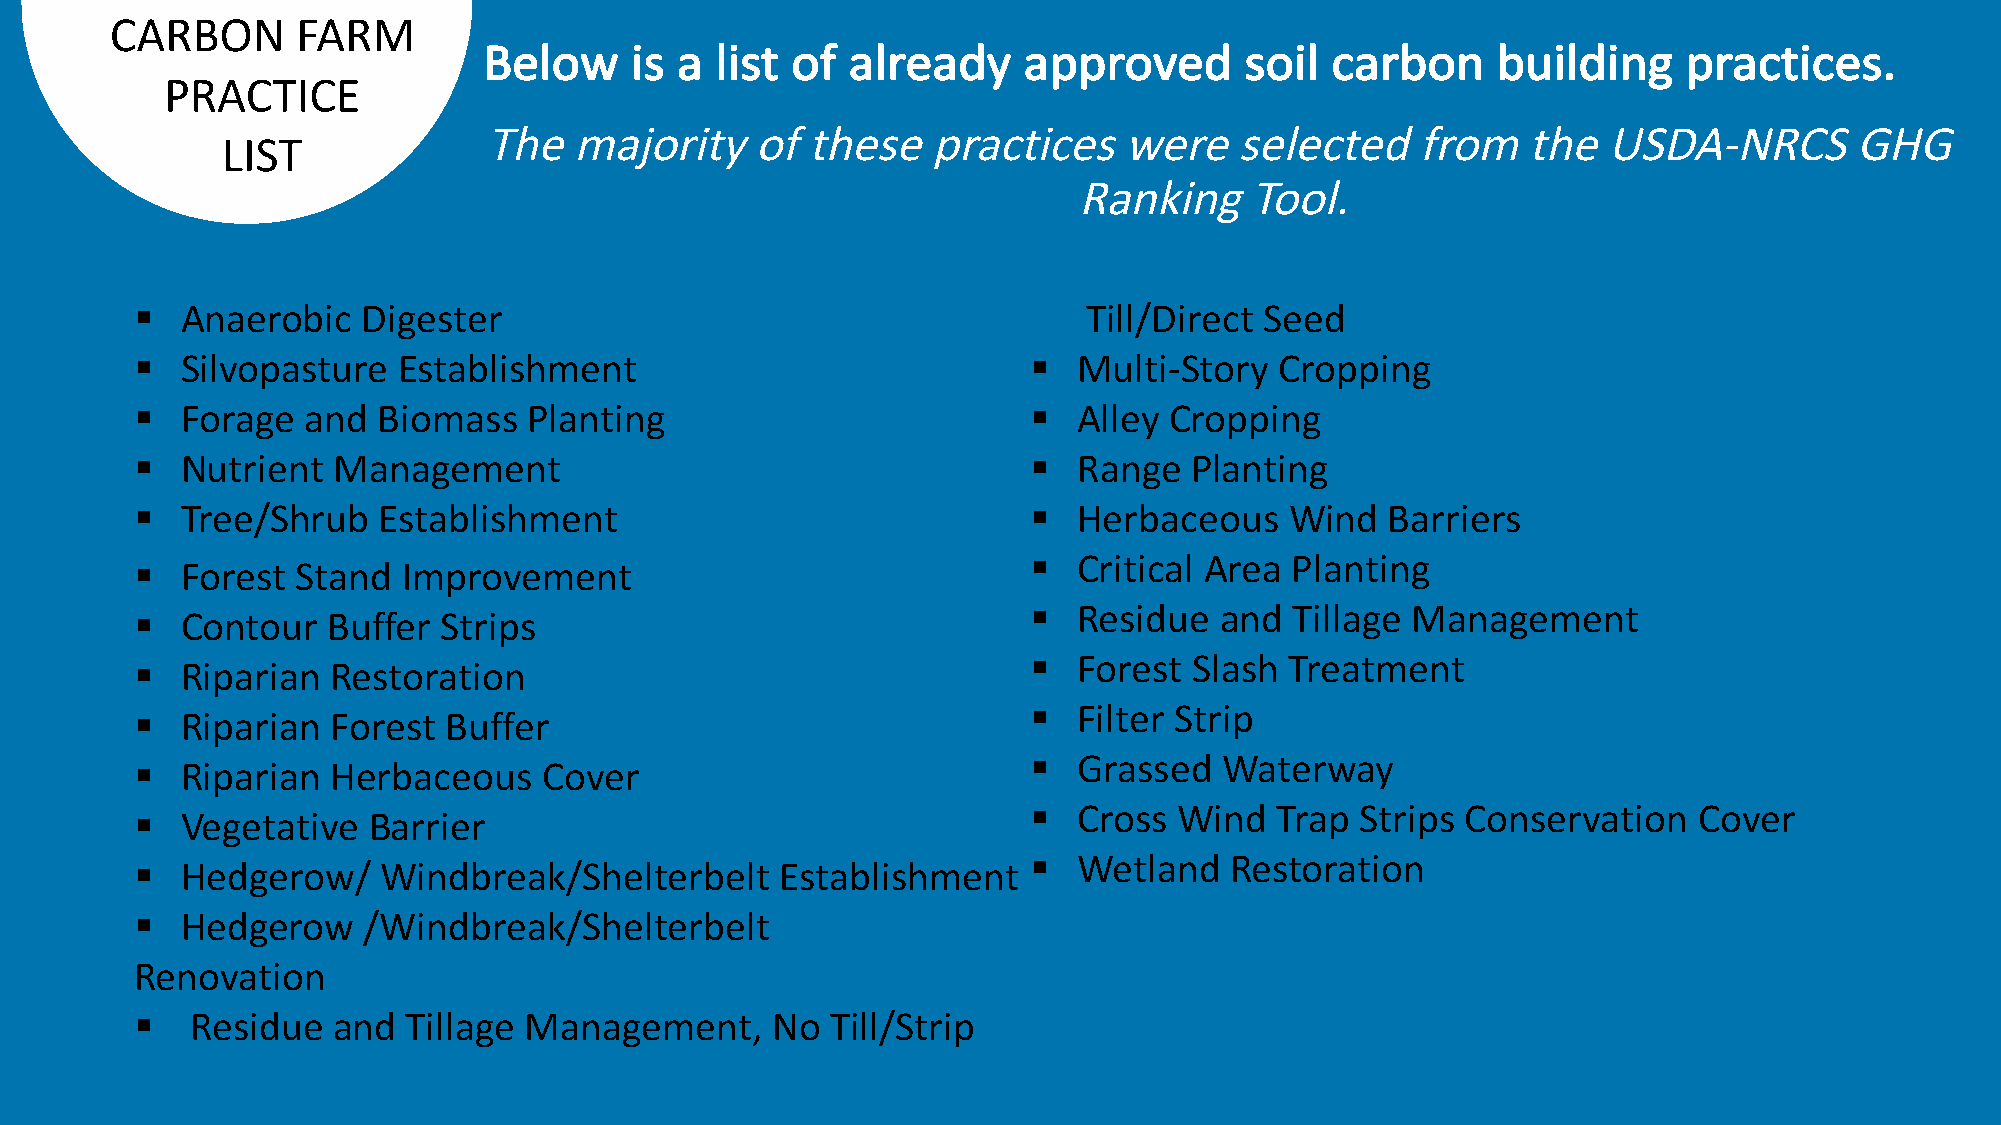
CARBON       FARM
 Below     is a list of  already     approved      soil  carbon     building     practices.
 PRACTICE
 The   majority    of these   practices    were    selected    from   the  USDA-NRCS        GHG
 LIST
 Ranking     Tool.
 §  Anaerobic   Digester                                        Till/Direct Seed
 §  Silvopasture  Establishment                             §  Multi-Story   Cropping
 §  Forage  and  Biomass   Planting                         §  Alley Cropping
 §  Nutrient  Management                                    §  Range   Planting
 §  Tree/Shrub   Establishment                              §  Herbaceous    Wind   Barriers
 §  Forest  Stand  Improvement                              §  Critical Area  Planting
 §  Contour   Buffer Strips                                 §  Residue   and  Tillage Management
 §  Riparian  Restoration                                   §  Forest  Slash Treatment
 §  Riparian  Forest Buffer                                 §  Filter Strip
 §  Riparian  Herbaceous    Cover                           §  Grassed   Waterway
 §  Vegetative  Barrier                                     §  Cross  Wind   Trap Strips Conservation   Cover
 §  Hedgerow/    Windbreak/Shelterbelt      Establishment   §  Wetland   Restoration
 §  Hedgerow    /Windbreak/Shelterbelt
 Renovation
 §   Residue  and  Tillage Management,     No  Till/Strip
 9